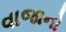
વાજાનો